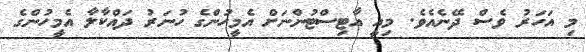
މި އަހަރު ވެސް ދޭނެއެވެ. މިއީ އާޓިސްޓުންނަށް އެމީހުންގެ ހުނަރު ދައްކާލާ އެމީހުންގެ